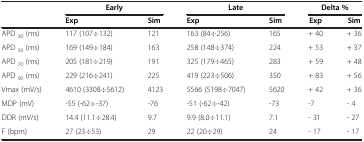
|  | <COLSPAN=2> Early | <COLSPAN=2> Late | <COLSPAN=2> Delta % |
 |  | Exp | Sim | Exp | Sim | Exp | Sim |
 | --- | --- | --- | --- | --- | --- | --- |
 | APD 30 (ms) | 117 (107÷132) | 121 | 163 (84÷256) | 165 | + 40 | + 36 |
 | APD 50 (ms) | 169 (149÷184) | 163 | 258 (148÷374) | 224 | + 53 | + 37 |
 | APD 70 (ms) | 205 (181÷219) | 191 | 325 (179÷465) | 283 | + 59 | + 48 |
 | APD 90 (ms) | 229 (216÷241) | 225 | 419 (223÷506) | 350 | + 83 | + 56 |
 | Vmax (mV/s) | 4610 (3308÷5612) | 4123 | 5566 (5198÷7047) | 5620 | + 42 | + 36 |
 | MDP (mV) | -55 (-62÷-37) | -76 | -51 (-62÷-42) | -73 | -7 | - 4 |
 | DDR (mV/s) | 14.4 (11.1÷28.4) | 9.7 | 9.9 (8.0÷11.1) | 7.1 | - 31 | - 27 |
 | F (bpm) | 27 (23÷53) | 29 | 22 (20÷29) | 24 | - 17 | - 17 |